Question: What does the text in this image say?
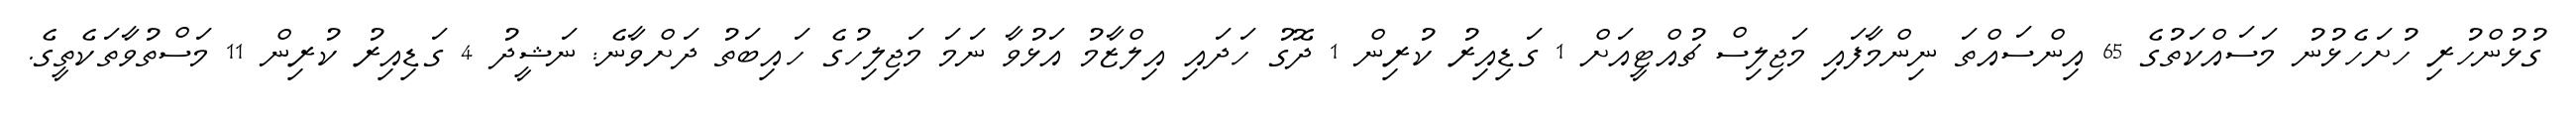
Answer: ގުޅުންހުރި ހުށަހެޅުނު މަސައްކަތުގެ 65 އިންސައްތަ ނިންމާފައި މަޖިލިސް ޗުއްޓީއަށް 1 ގަޑިއިރު ކުރިން 1 ދޮގު ހަދައި އިލްޒާމު އަޅުވާ ނަމަ މަޖިލިހުގެ ހައިބަތު ދަށްވާނެ: ނަޝީދު 4 ގަޑިއިރު ކުރިން 11 މަސްތުވާތަކެތީގެ.